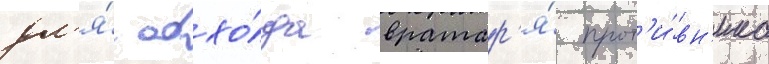
дл'я́ обхо́да вратар'я́ прот'и́вн'ика